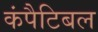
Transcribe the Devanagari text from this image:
कंपैटिबल